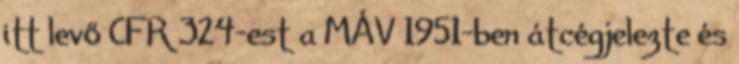
itt levő CFR 324-est a MÁV 1951-ben átcégjelezte és